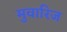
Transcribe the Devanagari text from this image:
मुवारिज